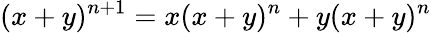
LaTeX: (x+y)^{n+1}=x(x+y)^{n}+y(x+y)^{n}